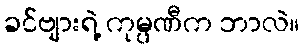
ခင်ဗျားရဲ့ ကုမ္ပဏီက ဘာလဲ။